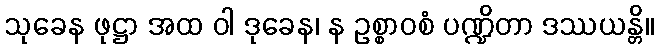
သုခေန ဖုဋ္ဌာ အထ ဝါ ဒုခေန၊ န ဥစ္စာဝစံ ပဏ္ဍိတာ ဒဿယန္တိ။